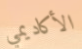
الأكاديمي